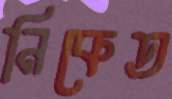
নিকেত